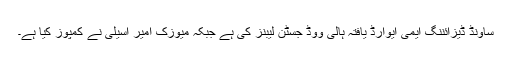
ساؤنڈ ڈیزائننگ ایمی ایوارڈ یافتہ ہالی ووڈ جسٹن لیبنز کی ہے جبکہ میوزک آمیر اسیلی نے کمپوز کیا ہے۔